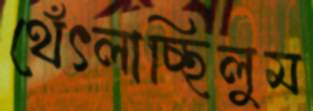
থেঁৎলাচ্ছিলুম